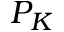
P _ { K }